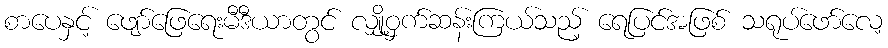
စာပေနှင့် ဖျော်ဖြေရေးမီဒီယာတွင် လျှို့ဝှက်ဆန်းကြယ်သည့် ရေပြင်အဖြစ် သရုပ်ဖော်လေ့